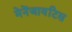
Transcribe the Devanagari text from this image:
मेनेंजायटिस